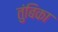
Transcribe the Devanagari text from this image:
तुंबिका